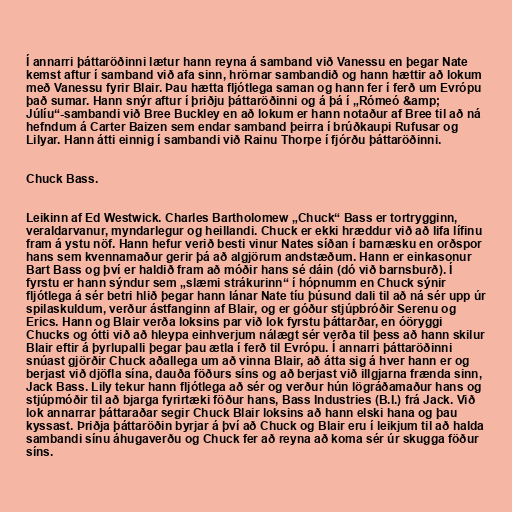
Í annarri þáttaröðinni lætur hann reyna á samband við Vanessu en þegar Nate
kemst aftur í samband við afa sinn, hrörnar sambandið og hann hættir að lokum
með Vanessu fyrir Blair. Þau hætta fljótlega saman og hann fer í ferð um Evrópu
það sumar. Hann snýr aftur í þriðju þáttaröðinni og á þá í „Rómeó &amp;
Júlíu“-sambandi við Bree Buckley en að lokum er hann notaður af Bree til að ná
hefndum á Carter Baizen sem endar samband þeirra í brúðkaupi Rufusar og
Lilyar. Hann átti einnig í sambandi við Rainu Thorpe í fjórðu þáttaröðinni.

Chuck Bass.

Leikinn af Ed Westwick. Charles Bartholomew „Chuck“ Bass er tortrygginn,
veraldarvanur, myndarlegur og heillandi. Chuck er ekki hræddur við að lifa lífinu
fram á ystu nöf. Hann hefur verið besti vinur Nates síðan í barnæsku en orðspor
hans sem kvennamaður gerir þá að algjörum andstæðum. Hann er einkasonur
Bart Bass og því er haldið fram að móðir hans sé dáin (dó við barnsburð). Í
fyrstu er hann sýndur sem „slæmi strákurinn“ í hópnumm en Chuck sýnir
fljótlega á sér betri hlið þegar hann lánar Nate tíu þúsund dali til að ná sér upp úr
spilaskuldum, verður ástfanginn af Blair, og er góður stjúpbróðir Serenu og
Erics. Hann og Blair verða loksins par við lok fyrstu þáttarðar, en óöryggi
Chucks og ótti við að hleypa einhverjum nálægt sér verða til þess að hann skilur
Blair eftir á þyrlupalli þegar þau ætla í ferð til Evrópu. Í annarri þáttaröðinni
snúast gjörðir Chuck aðallega um að vinna Blair, að átta sig á hver hann er og
berjast við djöfla sína, dauða föðurs síns og að berjast við illgjarna frænda sinn,
Jack Bass. Lily tekur hann fljótlega að sér og verður hún lögráðamaður hans og
stjúpmóðir til að bjarga fyrirtæki föður hans, Bass Industries (B.I.) frá Jack. Við
lok annarrar þáttaraðar segir Chuck Blair loksins að hann elski hana og þau
kyssast. Þriðja þáttaröðin byrjar á því að Chuck og Blair eru í leikjum til að halda
sambandi sínu áhugaverðu og Chuck fer að reyna að koma sér úr skugga föður
síns.